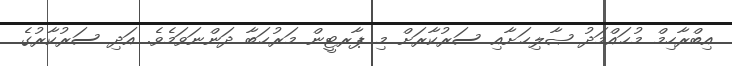
އިބްރާހިމް މުޙައްމަދު ޞާލިޙަށާއި ސަރުކާރަށް މި ޕާރޓީން މަރުޙަބާ ދަންނަވަމެވެ. އަދި ސަރުކާރުގެ